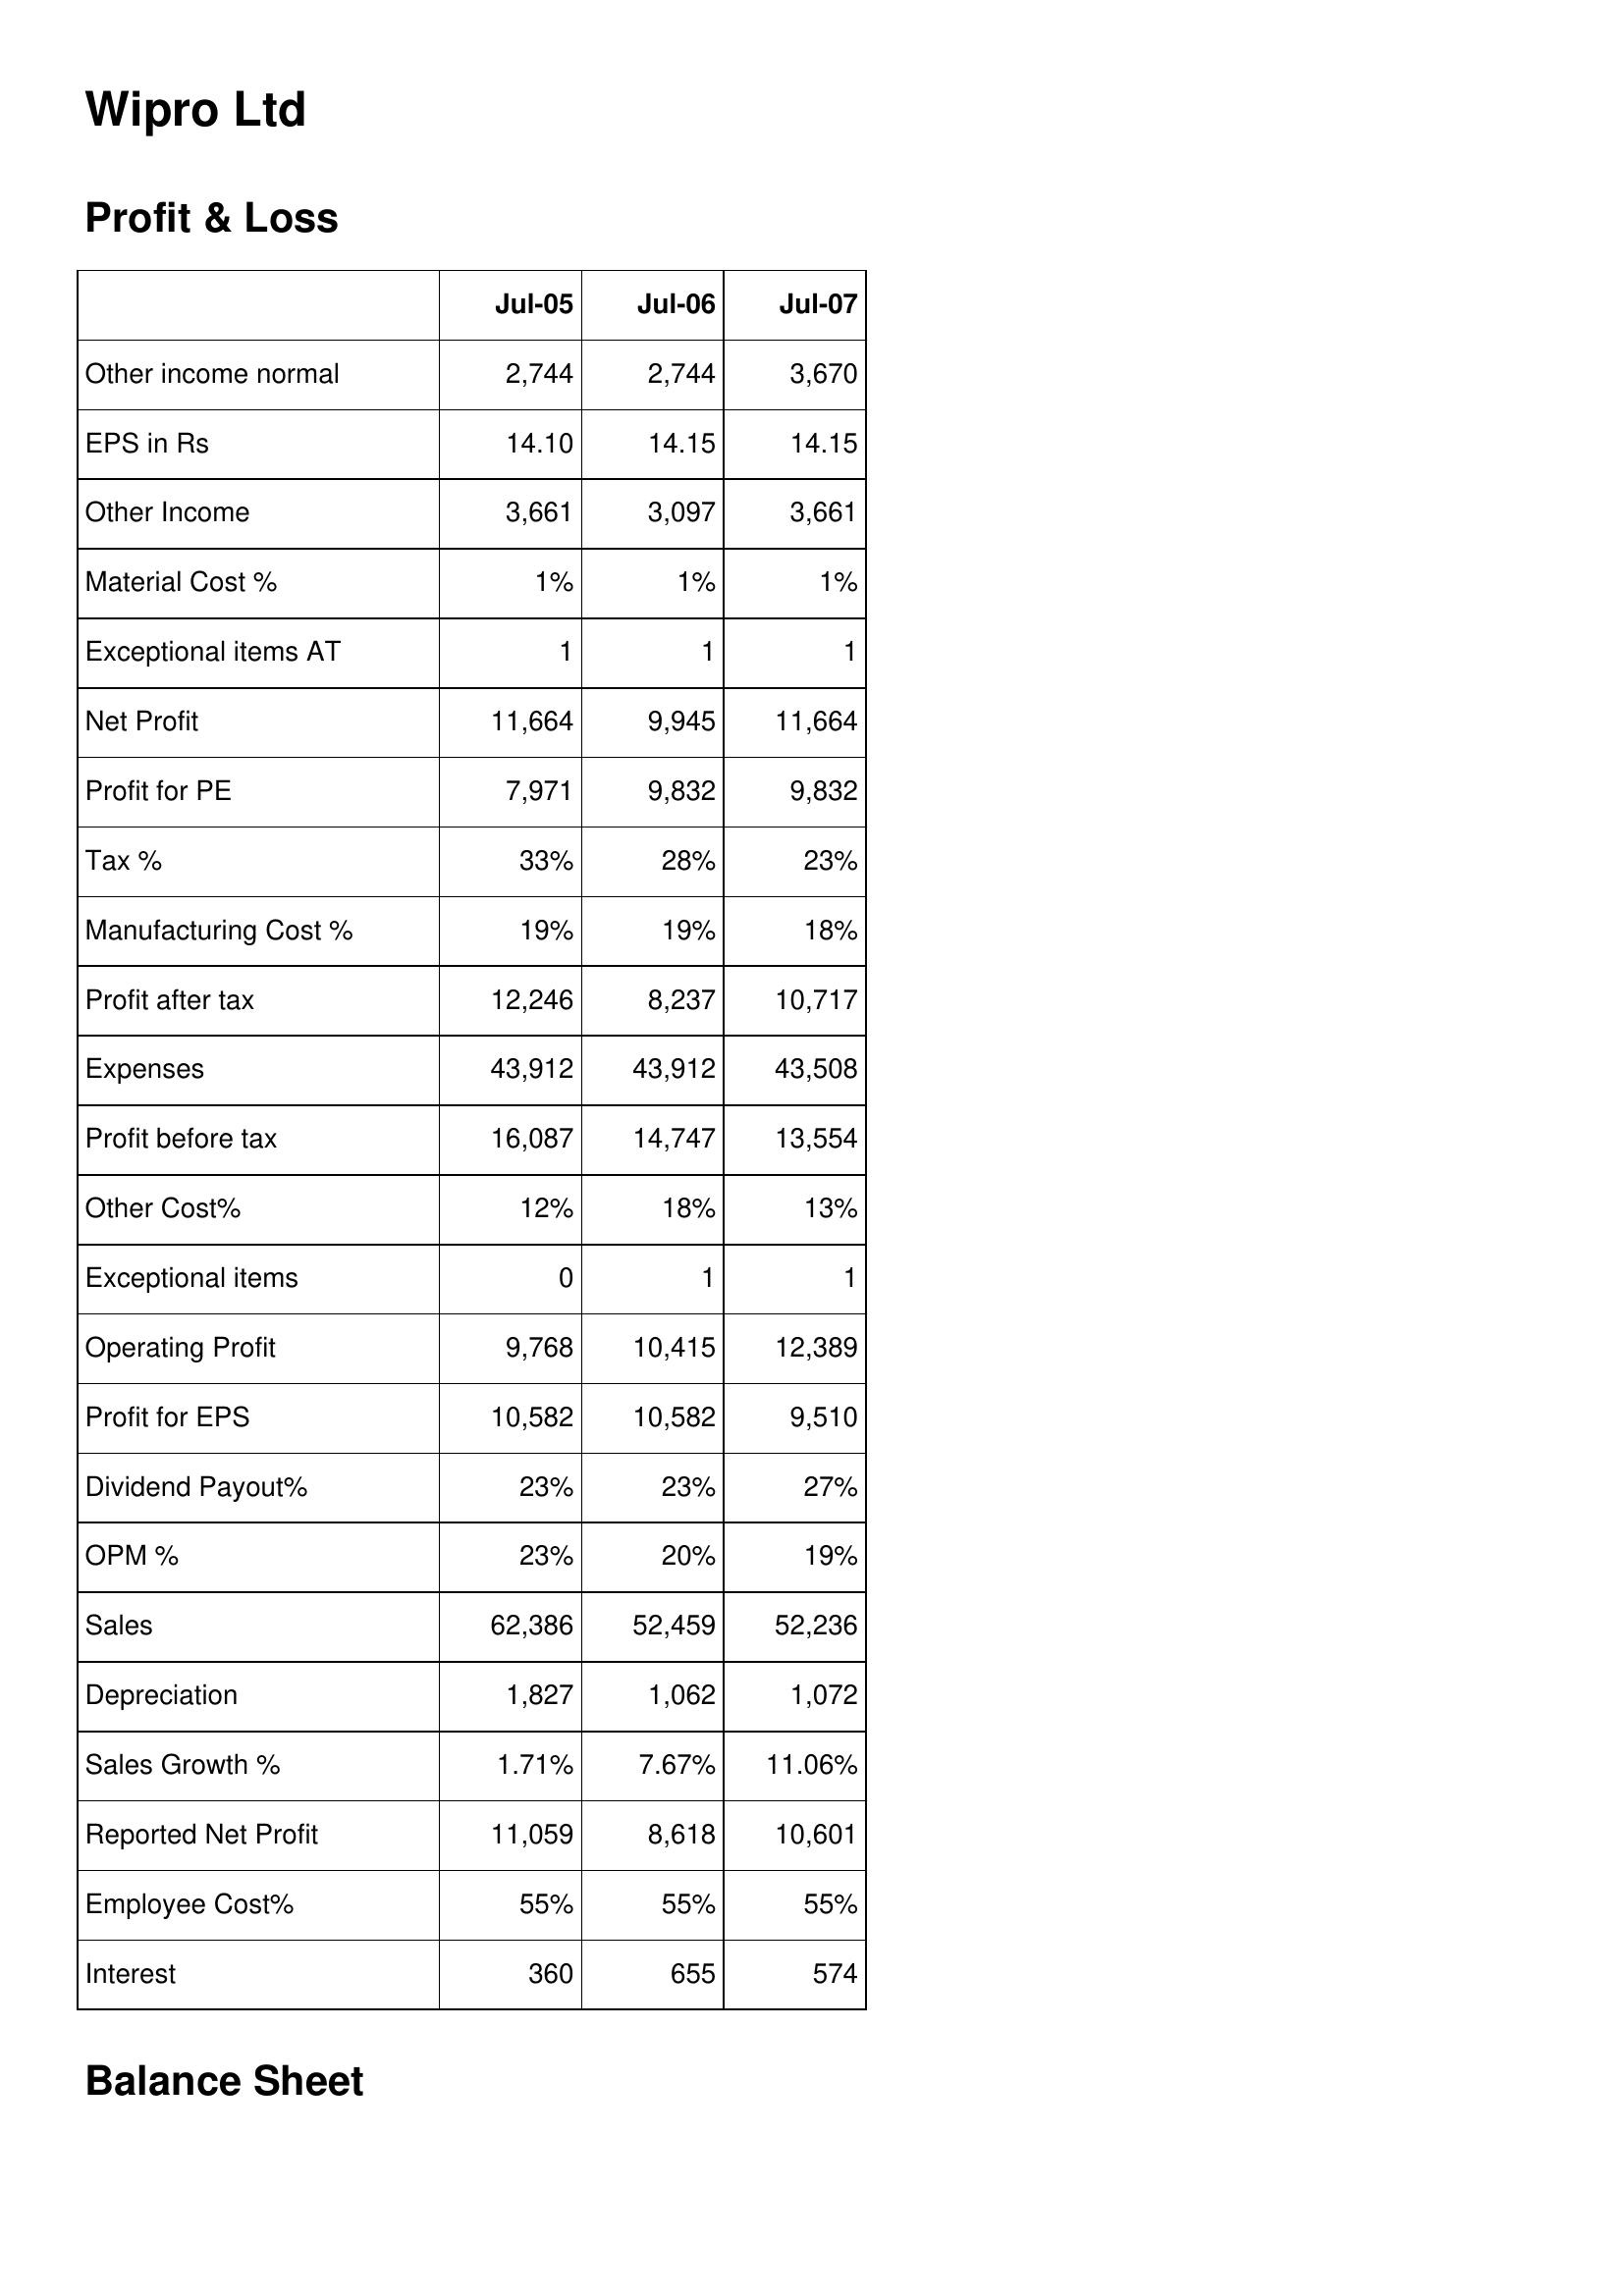
Jul-05: Profit & Loss: Other income normal: 2,744
EPS in Rs: 14.10
Other Income: 3,661
Material Cost %: 1%
Exceptional items AT: 1
Net Profit: 11,664
Profit for PE: 7,971
Tax %: 33%
Manufacturing Cost %: 19%
Profit after tax: 12,246
Expenses: 43,912
Profit before tax: 16,087
Other Cost%: 12%
Exceptional items: 0
Operating Profit: 9,768
Profit for EPS: 10,582
Dividend Payout%: 23%
OPM %: 23%
Sales: 62,386
Depreciation: 1,827
Sales Growth %: 1.71%
Reported Net Profit: 11,059
Employee Cost%: 55%
Interest: 360
Jul-06: Profit & Loss: Other income normal: 2,744
EPS in Rs: 14.15
Other Income: 3,097
Material Cost %: 1%
Exceptional items AT: 1
Net Profit: 9,945
Profit for PE: 9,832
Tax %: 28%
Manufacturing Cost %: 19%
Profit after tax: 8,237
Expenses: 43,912
Profit before tax: 14,747
Other Cost%: 18%
Exceptional items: 1
Operating Profit: 10,415
Profit for EPS: 10,582
Dividend Payout%: 23%
OPM %: 20%
Sales: 52,459
Depreciation: 1,062
Sales Growth %: 7.67%
Reported Net Profit: 8,618
Employee Cost%: 55%
Interest: 655
Jul-07: Profit & Loss: Other income normal: 3,670
EPS in Rs: 14.15
Other Income: 3,661
Material Cost %: 1%
Exceptional items AT: 1
Net Profit: 11,664
Profit for PE: 9,832
Tax %: 23%
Manufacturing Cost %: 18%
Profit after tax: 10,717
Expenses: 43,508
Profit before tax: 13,554
Other Cost%: 13%
Exceptional items: 1
Operating Profit: 12,389
Profit for EPS: 9,510
Dividend Payout%: 27%
OPM %: 19%
Sales: 52,236
Depreciation: 1,072
Sales Growth %: 11.06%
Reported Net Profit: 10,601
Employee Cost%: 55%
Interest: 574